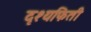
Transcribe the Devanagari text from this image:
दृश्यफिती